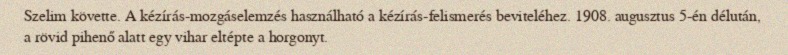
Szelim követte. A kézírás-mozgáselemzés használható a kézírás-felismerés beviteléhez. 1908. augusztus 5-én délután, a rövid pihenő alatt egy vihar eltépte a horgonyt.